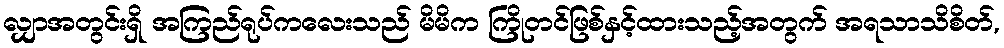
လျှာအတွင်းရှိ အကြည်ရုပ်ကလေးသည် မိမိက ကြိုတင်ဖြစ်နှင့်ထားသည့်အတွက် အရသာသိစိတ်,